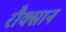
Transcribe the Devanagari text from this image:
रौक्सान